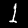
Digit: 1